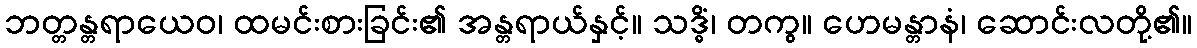
ဘတ္တန္တရာယေဝ၊ ထမင်းစားခြင်း၏ အန္တရာယ်နှင့်။ သဒ္ဓိံ၊ တကွ။ ဟေမန္တာနံ၊ ဆောင်းလတို့၏။